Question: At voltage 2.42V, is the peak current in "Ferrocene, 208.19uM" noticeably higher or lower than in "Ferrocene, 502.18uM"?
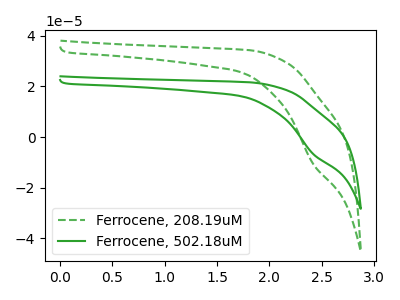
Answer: <think>The green dashed curve "Ferrocene, 208.19uM" has a cathodic peak at: (2.40V, -10.55uA). The green curve "Ferrocene, 502.18uM" has a cathodic peak at: (2.40V, -6.65uA).</think>
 <answer>The peak at 2.42V is higher in "Ferrocene, 208.19uM" than in "Ferrocene, 502.18uM".</answer>
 <eval>higher</eval>